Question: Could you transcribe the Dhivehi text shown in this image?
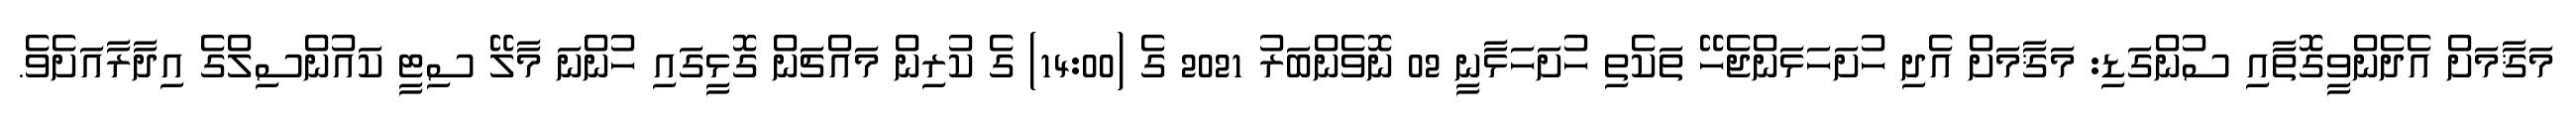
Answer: މަޤާމަށް އެދެންވީގޮތާއި ސުންގަޑި: މަޤާމަށް އެދި ހުށަހަޅަންޖެހޭ ތަކެތި ހުށަހަޅާނީ 02 ނޮވެންބަރު 2021 ގެ (14:00) ގެ ކުރިން މައްޗަން ގޮޅީގައި ހުންނަ މާލޭ ސިޓީ ކައުންސިލްގެ އިދާރާއަށެވެ.